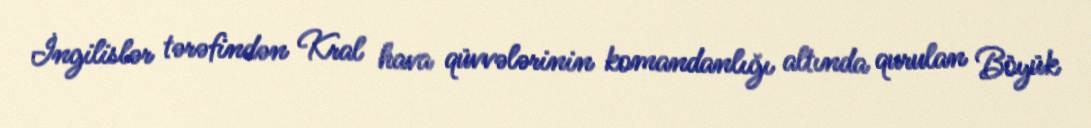
İngilislər tərəfindən Kral hava qüvvələrinin komandanlığı altında qurulan Böyük